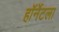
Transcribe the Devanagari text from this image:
हॉर्नेटला